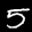
Label: 5